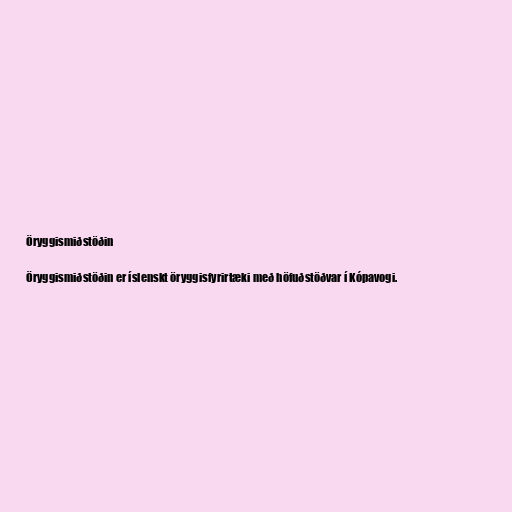
Öryggismiðstöðin

Öryggismiðstöðin er íslenskt öryggisfyrirtæki með höfuðstöðvar í Kópavogi.